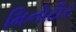
મિનોટૌર